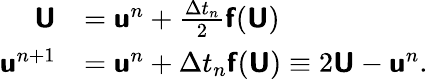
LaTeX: \begin{array}{rl}{\mathbf{\boldsymbol{\mathsf{U}}}}&{=\mathbf{\boldsymbol{\mathsf{u}}}^{n}+\frac{\Delta t_{n}}{2}\mathbf{\boldsymbol{\mathsf{f}}}(\mathbf{\boldsymbol{\mathsf{U}}})}\\ {\mathbf{\boldsymbol{\mathsf{u}}}^{n+1}}&{=\mathbf{\boldsymbol{\mathsf{u}}}^{n}+\Delta t_{n}\mathbf{\boldsymbol{\mathsf{f}}}(\mathbf{\boldsymbol{\mathsf{U}}})\equiv 2\mathbf{\boldsymbol{\mathsf{U}}}-\mathbf{\boldsymbol{\mathsf{u}}}^{n}.}\end{array}